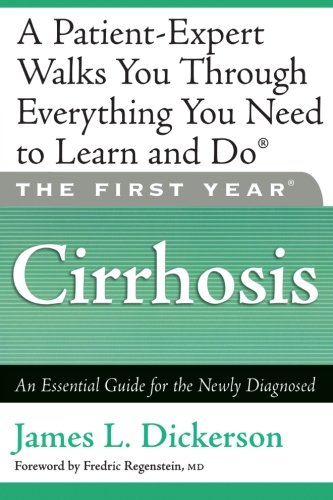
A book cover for The First Year: Cirrhosis: An Essential Guide for the Newly Diagnosed; James L. Dickerson; Health, Fitness & Dieting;